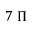
7 \; \Pi